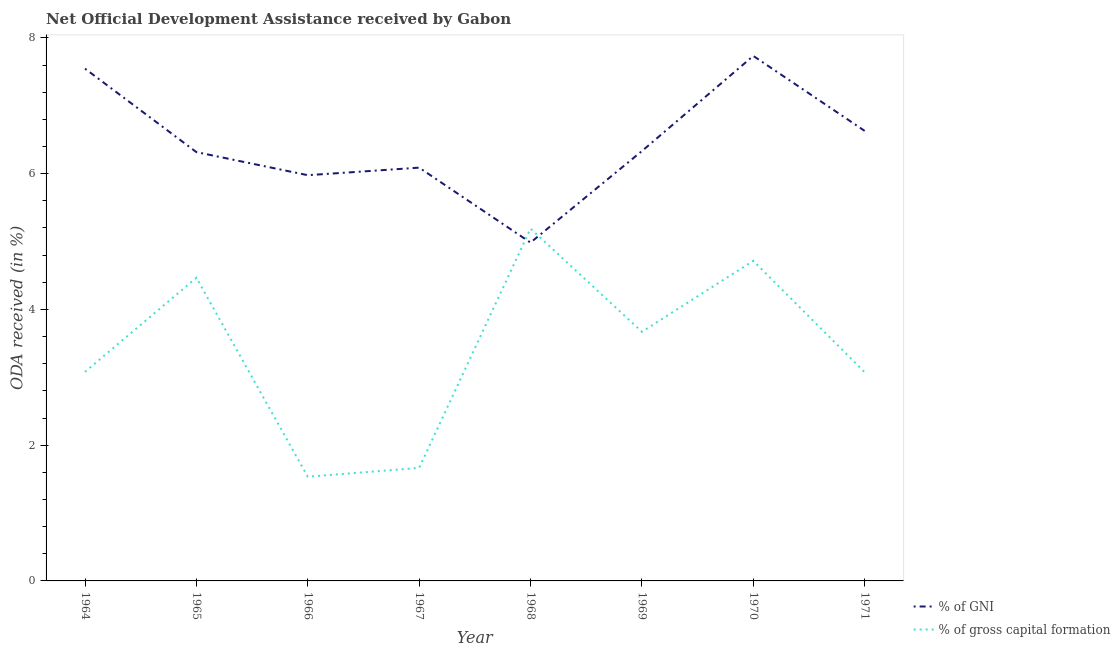
| Year | % of GNI | % of gross capital formation |
 | --- | --- | --- |
 | 1964 | 7.55 | 3.08 |
 | 1965 | 6.32 | 4.47 |
 | 1966 | 5.98 | 1.54 |
 | 1967 | 6.09 | 1.67 |
 | 1968 | 4.99 | 5.19 |
 | 1969 | 6.33 | 3.67 |
 | 1970 | 7.74 | 4.72 |
 | 1971 | 6.63 | 3.07 |